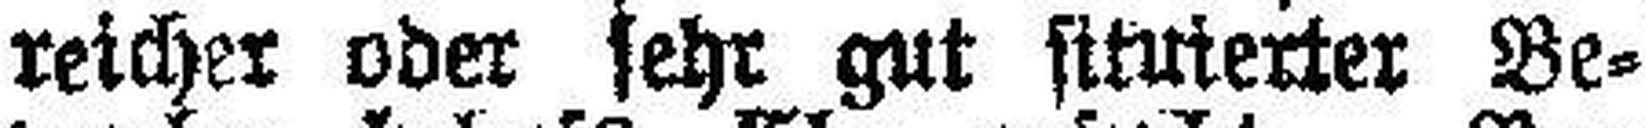
reicher oder sehr gut situierter Be¬